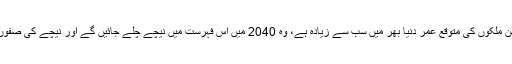
دلچسپ بات یہ ہے کہ اس وقت جن ملکوں کی متوقع عمر دنیا بھر میں سب سے زیادہ ہے، وہ 2040 میں اس فہرست میں نیچے چلے جائیں گے اور نیچے کی صفوں سے کئی ملک اوپر آ جائیں گے۔